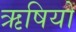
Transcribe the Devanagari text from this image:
ऋषियों